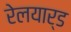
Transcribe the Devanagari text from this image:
रेलयार्ड